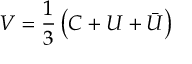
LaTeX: V = \frac { 1 } { 3 } \left( C + U + \bar { U } \right)